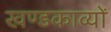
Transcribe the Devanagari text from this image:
खण्डकाव्यों